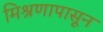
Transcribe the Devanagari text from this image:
मिश्रणापासून